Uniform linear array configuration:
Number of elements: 12
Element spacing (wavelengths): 1
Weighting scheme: exponential
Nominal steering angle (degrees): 15
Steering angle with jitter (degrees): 16.488
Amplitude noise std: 0.05
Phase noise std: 0.05

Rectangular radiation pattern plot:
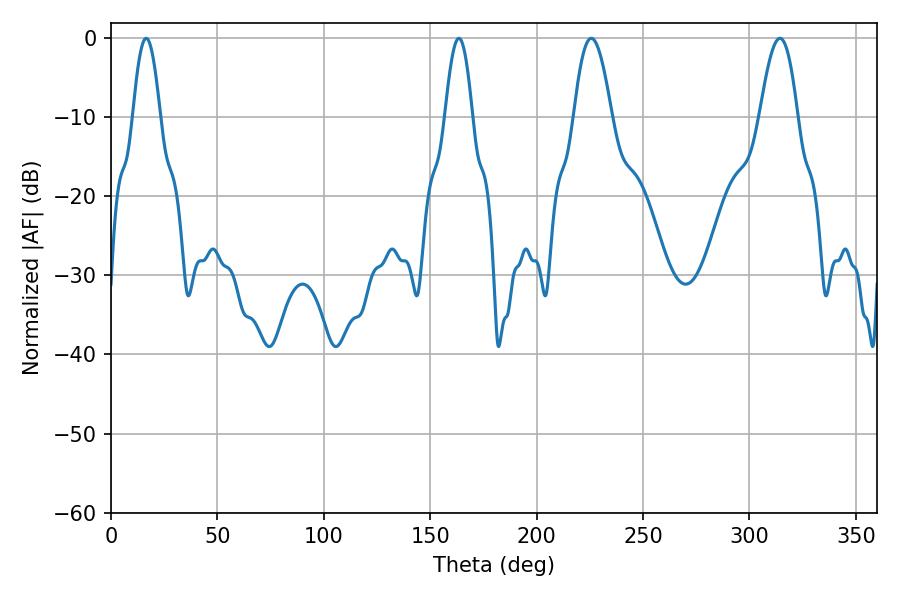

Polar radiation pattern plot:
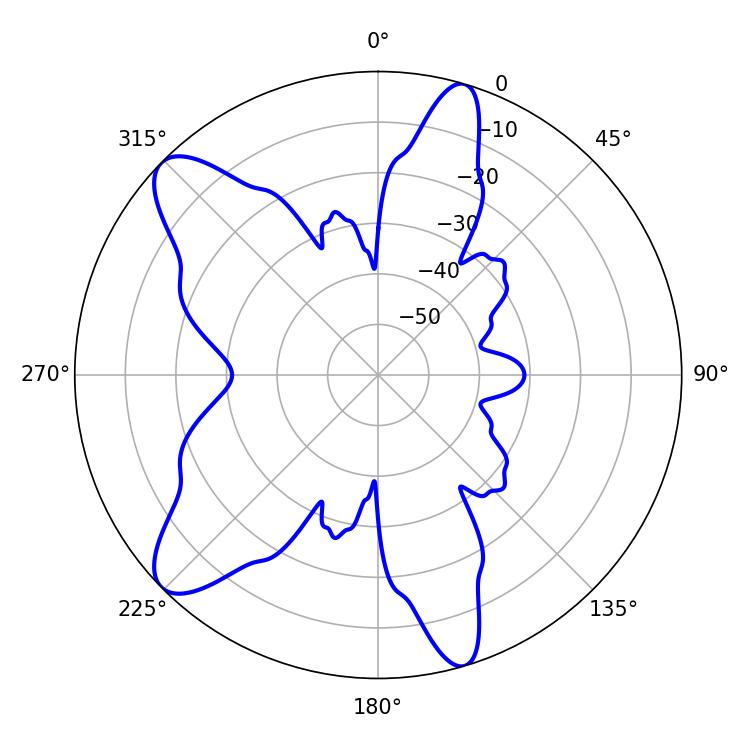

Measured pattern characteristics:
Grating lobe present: TRUE
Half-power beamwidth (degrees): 6.84
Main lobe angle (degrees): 163.44